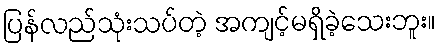
ပြန်လည်သုံးသပ်တဲ့ အကျင့်မရှိခဲ့သေးဘူး။